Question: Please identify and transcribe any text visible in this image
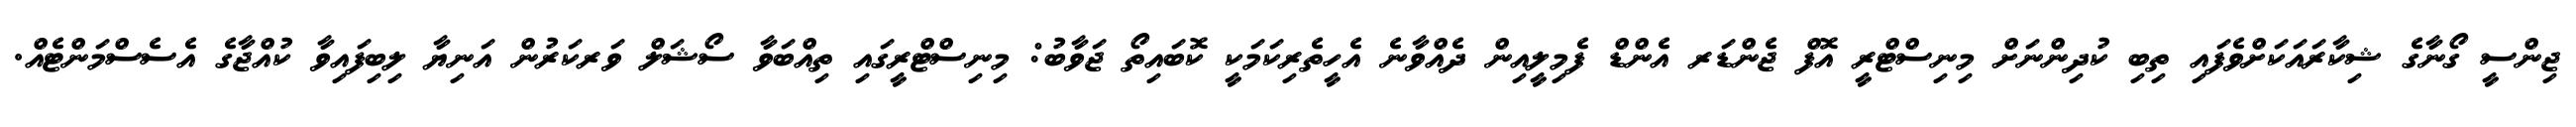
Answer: ޖިންސީ ގޯނާގެ ޝިކާރައަކަށްވެފައި ތިބި ކުދިންނަށް މިނިސްޓްރީ އޮފް ޖެންޑަރ އެންޑް ފެމިލީއިން ދެއްވާނެ އެހީތެރިކަމަކީ ކޮބައިތޯ ޖަވާބު: މިނިސްޓްރީގައި ތިއްބަވާ ސޯޝަލް ވަރކަރުން އަނިޔާ ލިބިފައިވާ ކުއްޖާގެ އެސެސްމަންޓެއް.